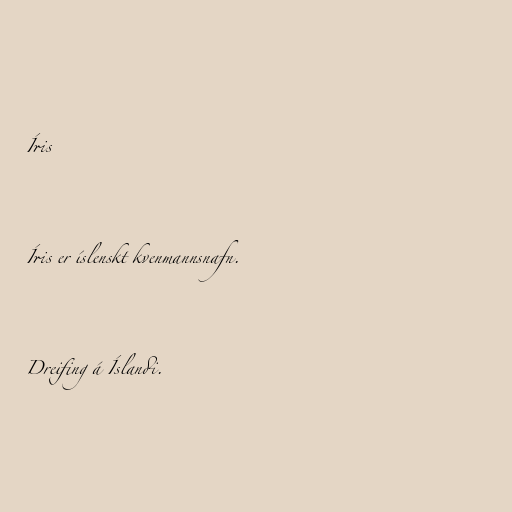
Íris

Íris er íslenskt kvenmannsnafn.

Dreifing á Íslandi.